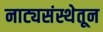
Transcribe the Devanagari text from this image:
नाट्यसंस्थेतून